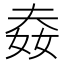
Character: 𡝉